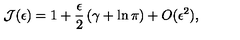
{ \mathcal J } ( \epsilon ) = 1 + \frac { \epsilon } { 2 } \left( \gamma + \ln \pi \right) + O ( \epsilon ^ { 2 } ) ,